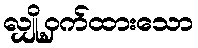
လျှို့ဝှက်ထားသော